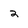
Character: 2